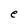
Character: e